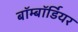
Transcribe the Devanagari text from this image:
बॉम्बॉर्डियर